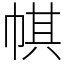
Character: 帺